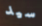
سيد